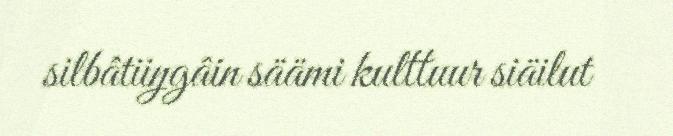
silbâtiiŋgâin säämi kulttuur siäilut